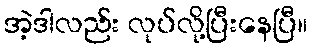
အဲ့ဒါလည်း လုပ်လို့ပြီးနေပြီ။